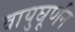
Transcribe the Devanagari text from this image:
वायुघूर्णन